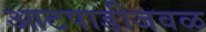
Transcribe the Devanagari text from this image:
आटपाडीजवळ